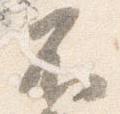
不